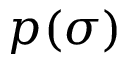
p ( \sigma )